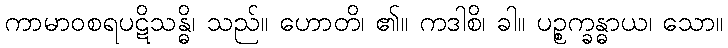
ကာမာဝစရပဋိသန္ဓိ၊ သည်။ ဟောတိ၊ ၏။ ကဒါစိ၊ ခါ။ ပဉ္စက္ခန္ဓာယ၊ သော။